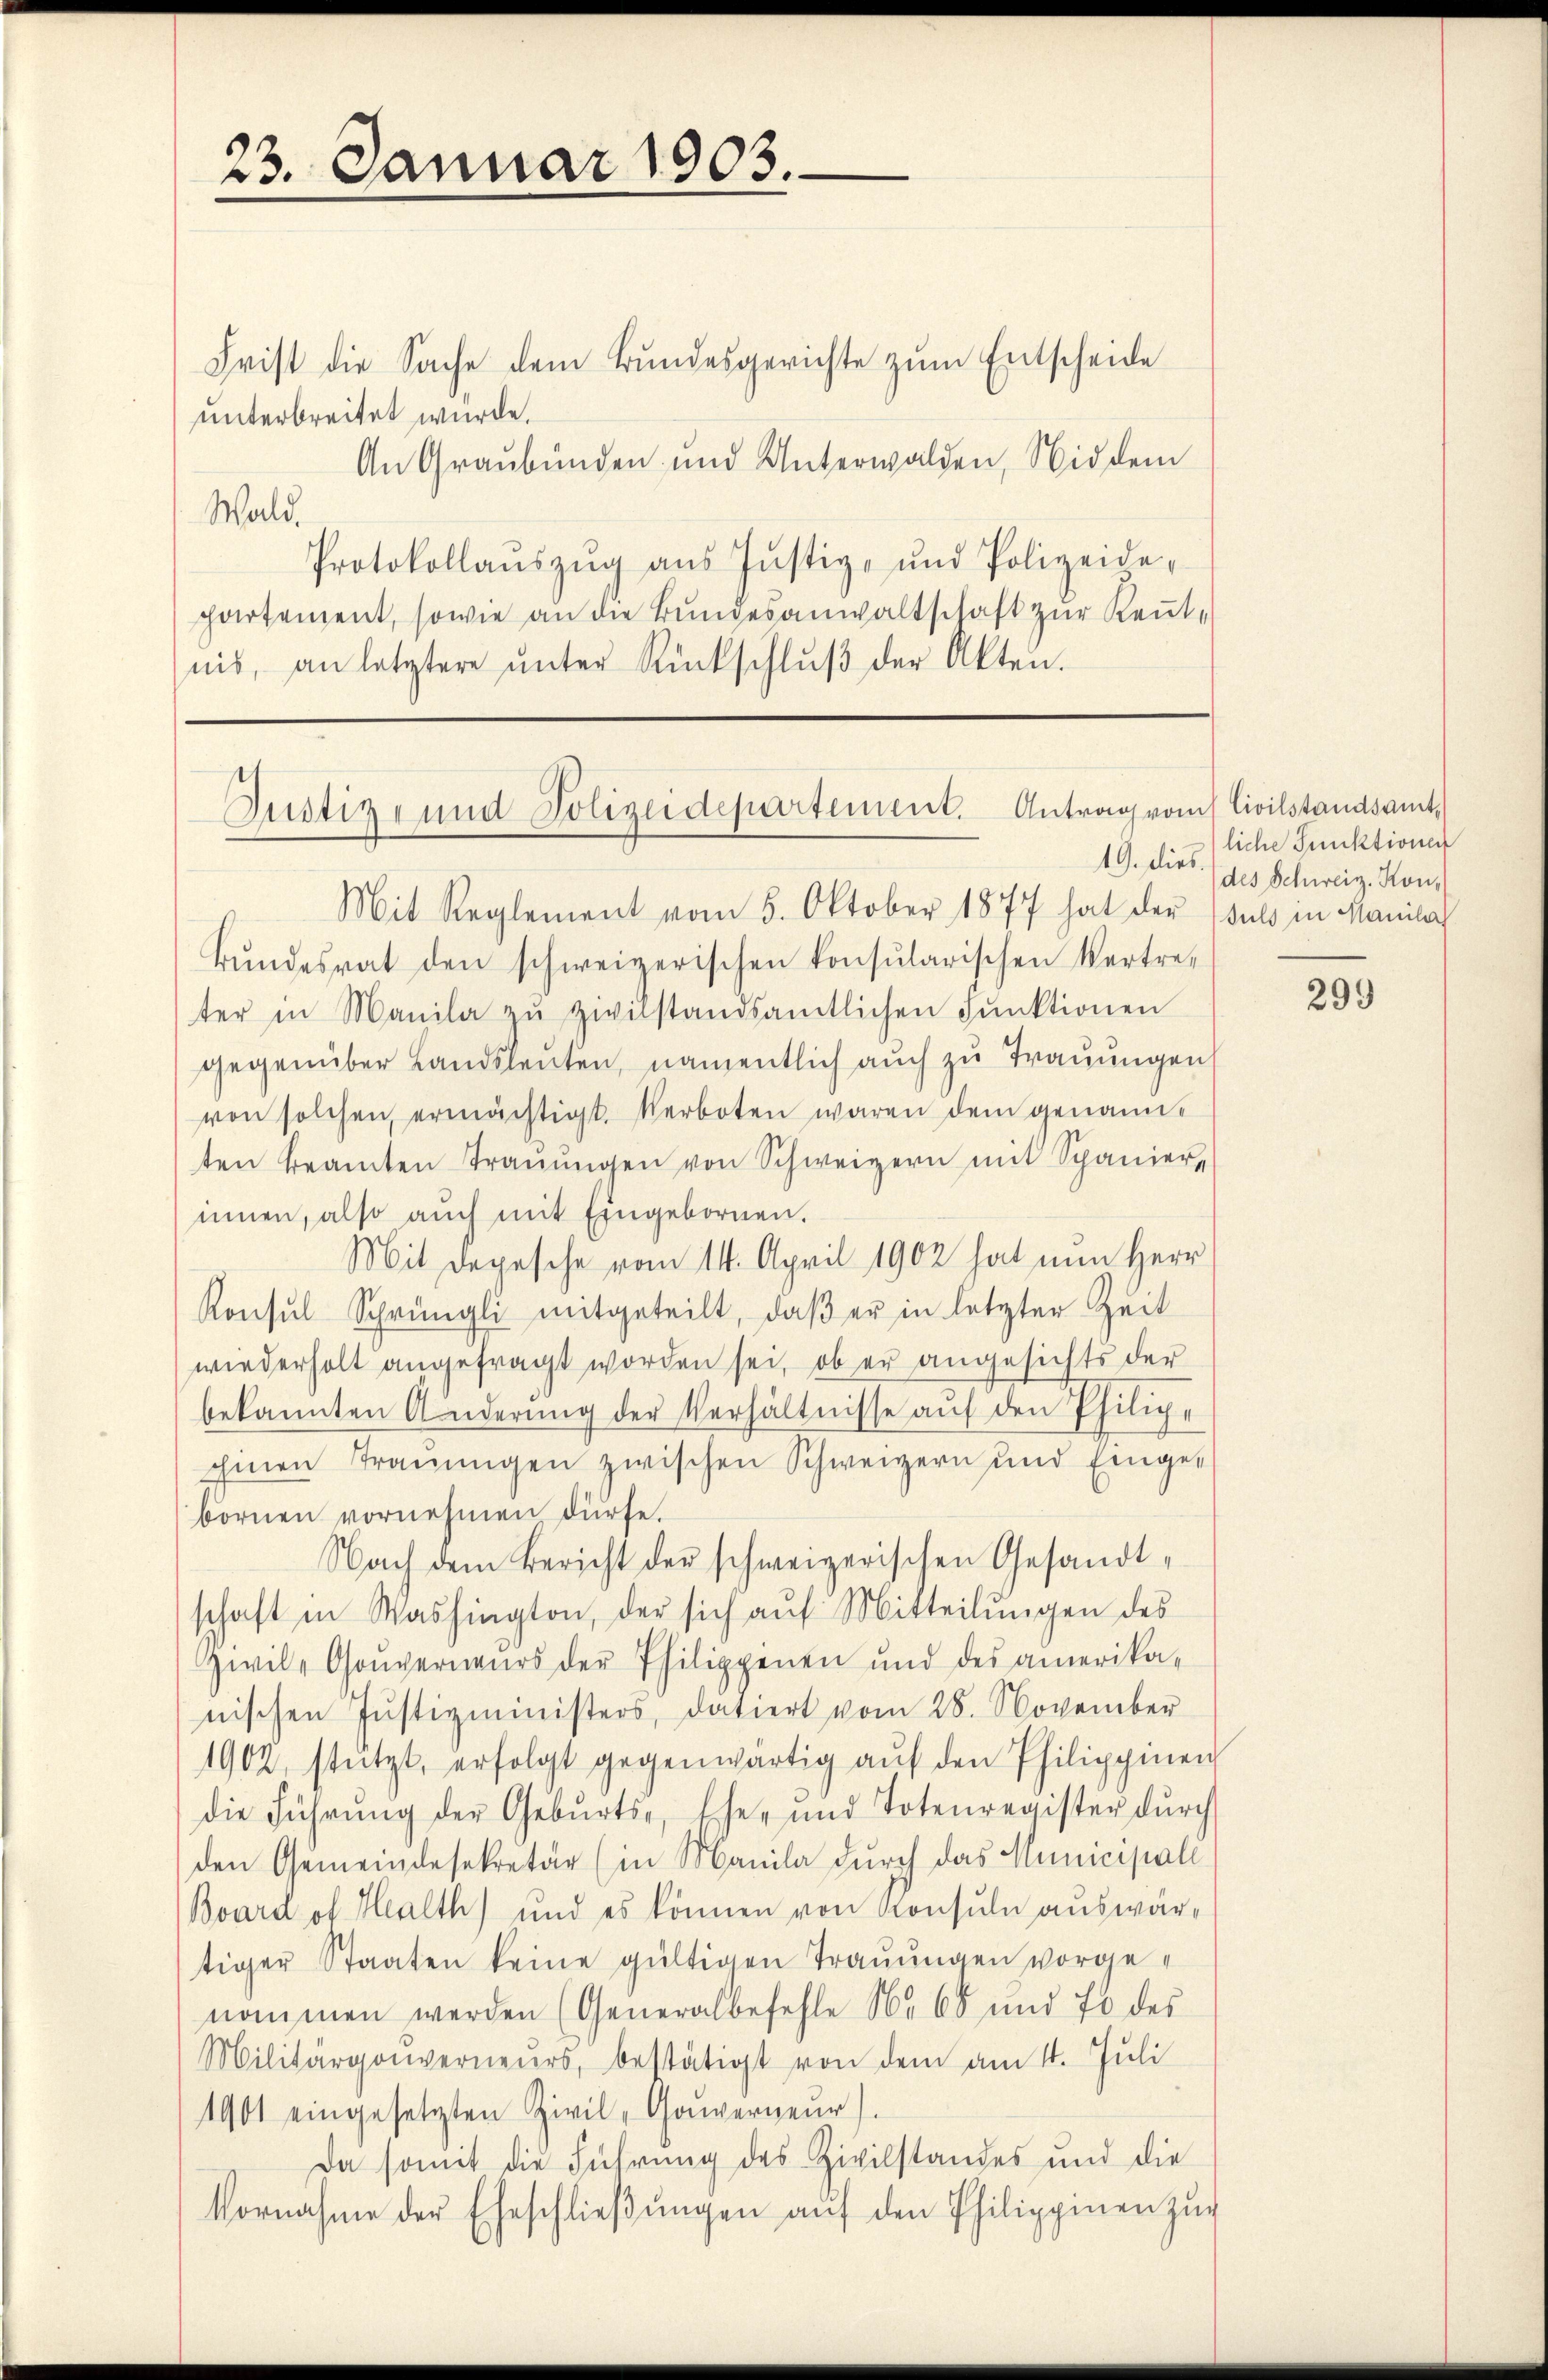
23. Januar 1903.

Frist die Sache dem Bundesgerichte zum Entscheide
unterbreitet wurde.
An Graubünden und Unterwalden, Nid dem
Wald.
Protokollaŭszŭg ans Justiz- und Polizeide-
partement, sowie an die Bundesanwaltschaft zur Keṅt-
nis, an letztere ŭnter Rückschlŭβ der Akten.

Justiz- und Polizeidepartement. Antrag vom Civilstandsamt
19. dies.

Mit Reglement vom 5. Oktober 1877 hat der (suls in Manila
Bŭndesrat den schweizerischen konsularischen Vertre-
ter in Manila zŭ zivilstandsamtlichen Pŭnktionen
gegenüber Landsleuten, namentlich auch zu Trauungen,
von solchen ermächtigt. Verboten waren dem genannten Beamten Traŭŭngen von Schweizern mit Spanier-
innen, also auch mit Eingebornen.
Mit Depesche vom 14. April 1902 hat nun Herr
Konsŭl-Sprüngli mitgeteilt, daβ er in letzter Zeit
wiederholt angefragt worden sei, ob er angesichts der
bekannten Änderŭng der Verhältnisse aŭf den Philiche
Einen Tranŭngen zwischen Schweizern und Einge-
bornen vornehmen dürfe.
Nach dem Bericht der schweizerischen Gesandt-
schaft in Washington, der sich aŭf Mitteilŭngen des
Zwil- Gouverneurs der Philippenen und des amerika-
nischen Jŭstizministers, datiert vom 28. November
1902, stützt, erfolgt gegenwärtig aŭf den Philippinen
die Führŭng der Gebŭrts-, Ehe- und Totenregister dŭrch
den Gemeindesekretär (in Manila durch das Municipali
Bvard of Halth) und es können von Konsuln auswärtiger Staaten keine gültigen Trauungen vorgenommen werden (Generalbefehle Nr. 68 und 70 des
Militärgoŭverneurs, bestätigt von dem am 4. Jŭli
1901 eingesetzten Zivil- Gouverneur)
Da somit die Führung des Zivilstandes und die
Vornahme der Eheschlieβŭngen aŭf den Philippinen zŭg

liche Punktionen
des Schweiz. Kon-

299